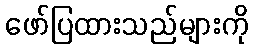
ဖော်ပြထားသည်များကို